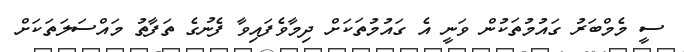
ސީ މެމްބަރު ގައުމުތަކުން ވަނީ އެ ގައުމުތަކަށް ދިމާވެފައިވާ ފެނުގެ ތަފާތު މައްސަލަތަކަށް